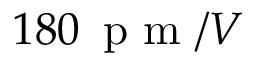
1 8 0 \, \mathrm { ~ p ~ m ~ } / V